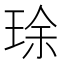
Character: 㻌